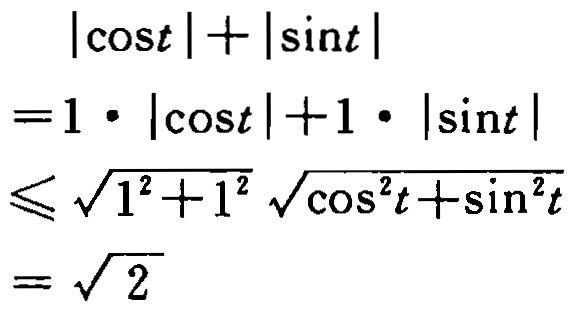
\[
\begin{align*}
|\cos t|+|\sin t|&=1\cdot|\cos t| + 1\cdot|\sin t|\\
&\leq\sqrt{1^{2}+1^{2}}\sqrt{\cos^{2}t+\sin^{2}t}\\
&=\sqrt{2}
\end{align*}
\]